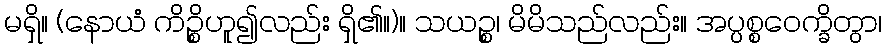
မရှိ။ (နောယံ ကိဉ္စိဟူ၍လည်း ရှိ၏။)။ သယဉ္စ၊ မိမိသည်လည်း။ အပ္ပစ္စဝေက္ခိတွာ၊